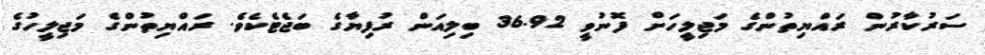
ސަރުކާރުން ރައްޔިތުންގެ މަޖިލީހަށް ފޮނުވީ 36.92 ބިލިއަން ރުފިޔާގެ ބަޖެޓެކެވެ. ރައްޔިތުންގެ މަޖިލީހުގެ